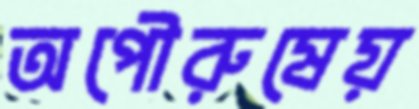
অপৌরুষেয়